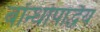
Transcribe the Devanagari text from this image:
बॉन्धोपाद्धैय